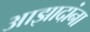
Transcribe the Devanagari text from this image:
आझादांना